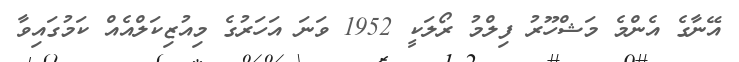
އޭނާގެ އެންމެ މަޝްހޫރު ފިލްމު ރޯލަކީ 1952 ވަނަ އަހަރުގެ މިއުޒިކަލްއެއް ކަމުގައިވާ